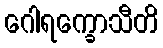
ဂေါရက္ခောသီတိ